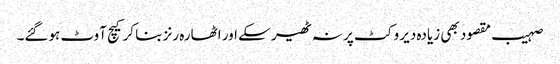
صہیب مقصود بھی زیادہ دیر وکٹ پر نہ ٹھیر سکے اور اٹھارہ رنز بنا کر کیچ آوٹ ہوگئے۔